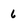
Character: 6